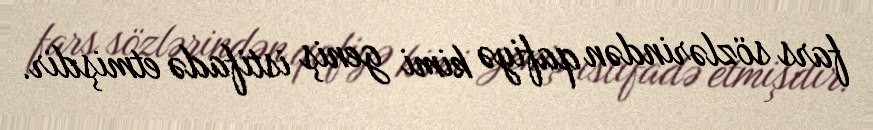
fars sözlərindən qafiyə kimi geniş istifadə etmişdir.